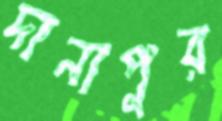
দানাপুর